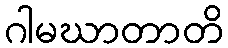
ဂါမဃာတာတိ